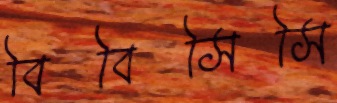
বিবিসিসি